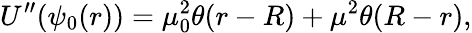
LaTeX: U^{\prime\prime}(\psi_{0}(r))=\mu_{0}^{2}\theta(r-R)+\mu^{2}\theta(R-r),